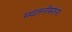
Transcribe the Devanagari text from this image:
मदतनीसांना